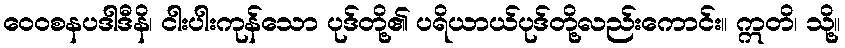
ဝေဝစနပဒါဒီနိ၊ ငါးပါးကုန်သော ပုဒ်တို့၏ ပရိယာယ်ပုဒ်တို့လည်းကောင်း။ ဣတိ၊ သို့။